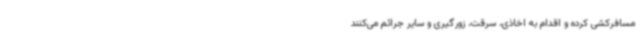
مسافرکشی کرده و اقدام به اخاذی، سرقت، زورگیری و سایر جرائم می‌کنند